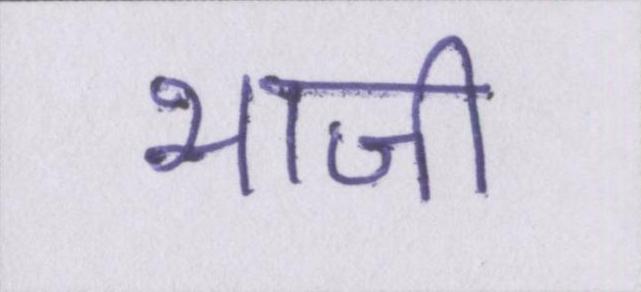
भाजी